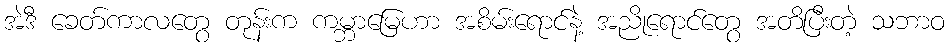
အဲဒီ ခေတ်ကာလတွေ တုန်းက ကမ္ဘာမြေဟာ အစိမ်းရောင်နဲ့ အညိုရောင်တွေ အတိပြီးတဲ့ သဘာဝ